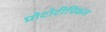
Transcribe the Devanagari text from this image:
प्रोटोटीपिकल